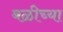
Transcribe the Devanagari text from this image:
बळीच्या